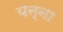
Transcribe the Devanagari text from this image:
यन्ना